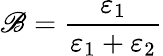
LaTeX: \mathscr{B}=\frac{{\varepsilon_{1}}}{{\varepsilon_{1}+\varepsilon_{2}}}